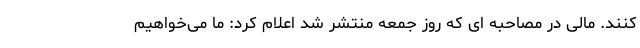
کنند. مالی در مصاحبه ای که روز جمعه منتشر شد اعلام کرد: ما می‌خواهیم